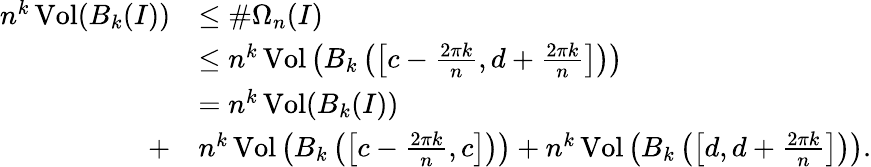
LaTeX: \begin{array}{rl}{n^{k}\operatorname{Vol}(B_{k}(I))}&{\leq\# \Omega_{n}(I)}\\ &{\leq n^{k}\operatorname{Vol}\left(B_{k}\left(\left[c-\frac{2\pi k}{n},d+\frac{2\pi k}{n}\right]\right)\right)}\\ &{=n^{k}\operatorname{Vol}(B_{k}(I))}\\ {+}&{n^{k}\operatorname{Vol}\left(B_{k}\left(\left[c-\frac{2\pi k}{n},c\right]\right)\right)+n^{k}\operatorname{Vol}\left(B_{k}\left(\left[d,d+\frac{2\pi k}{n}\right]\right)\right).}\end{array}